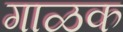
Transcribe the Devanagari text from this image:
गाळक